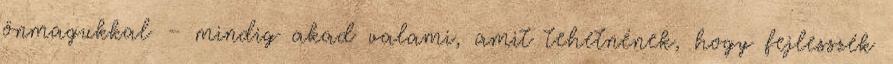
önmagukkal – mindig akad valami, amit tehetnének, hogy fejlesszék